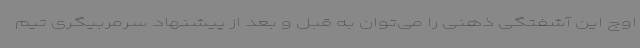
اوج این آشفتگی ذهنی را می‌توان به قبل و بعد از پیشنهاد سرمربیگری تیم